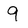
Character: 9